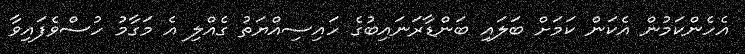
އެހެންކަމުން އެކަން ކަމަށް ބަލައި ބަންޑާރަނައިބުގެ ހައިސިއްޔަތު ގެއްލި އެ މަގާމު ހުސްވެފައިވާ